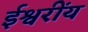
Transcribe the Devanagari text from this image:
ईश्वरींय